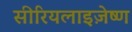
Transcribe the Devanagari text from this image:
सीरियलाइज़ेष्ण